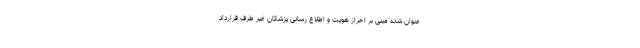
عنوان شده مبنی بر احراز هویت و اطلاع رسانی پزشکان غیر طرف قرارداد